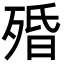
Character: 殙